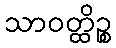
သာဝတ္ထိဉ္စ